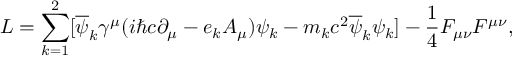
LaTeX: { \cal L } = \sum _ { k = 1 } ^ { 2 } [ \overline { { { \psi } } } _ { k } { \gamma } ^ { \mu } ( i { \hbar } c { \partial } _ { \mu } - e _ { k } A _ { \mu } ) { \psi } _ { k } - m _ { k } c ^ { 2 } \overline { { { \psi } } } _ { k } { \psi } _ { k } ] - \frac { 1 } { 4 } F _ { \mu \nu } F ^ { \mu \nu } ,